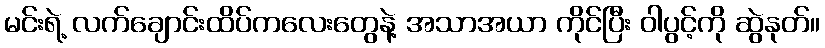
မင်းရဲ့ လက်ချောင်းထိပ်ကလေးတွေနဲ့ အသာအယာ ကိုင်ပြီး ဝါပွင့်ကို ဆွဲနုတ်။